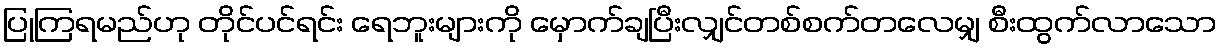
ပြုကြရမည်ဟု တိုင်ပင်ရင်း ရေဘူးများကို မှောက်ချပြီးလျှင်တစ်စက်တလေမျှ စီးထွက်လာသော